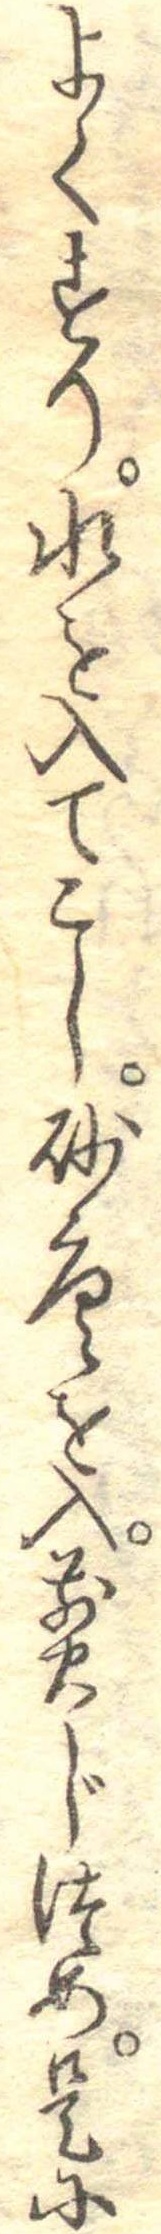
よくすり水を入てこし砂唐を入煎じつめ是に